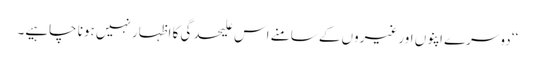
‘‘ دوسرے اپنوں اور غیروں کے سامنے اس علیحدگی کا اظہار نہیں ہونا چاہیے۔